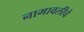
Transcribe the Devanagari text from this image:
नामावलीचे